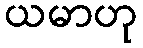
ယမာဟု